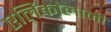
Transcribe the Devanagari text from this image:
एलिकोलानी